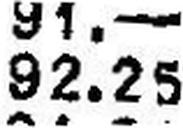
92.25